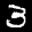
Label: 3